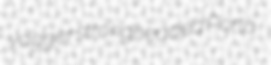
yagger strongheaded Porta